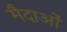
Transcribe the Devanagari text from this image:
मैदाओं